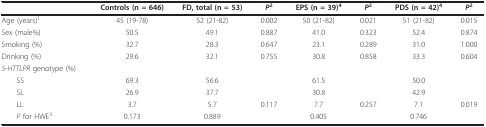
<table><thead><tr><td></td><td><b>Controls (n = 646)</b></td><td><b>FD, total (n = 53)</b></td><td><b><i>P</i><sup>2</sup></b></td><td><b>EPS (n = 39)<sup>4</sup></b></td><td><b><i>P</i><sup>2</sup></b></td><td><b>PDS (n = 42)<sup>4</sup></b></td><td><b><i>P</i><sup>2</sup></b></td></tr></thead><tbody><tr><td>Age (years)<sup>1</sup></td><td>45 (19-78)</td><td>52 (21-82)</td><td>0.002</td><td>50 (21-82)</td><td>0.021</td><td>51 (21-82)</td><td>0.015</td></tr><tr><td>Sex (male%)</td><td>50.5</td><td>49.1</td><td>0.887</td><td>41.0</td><td>0.323</td><td>52.4</td><td>0.874</td></tr><tr><td>Smoking (%)</td><td>32.7</td><td>28.3</td><td>0.647</td><td>23.1</td><td>0.289</td><td>31.0</td><td>1.000</td></tr><tr><td>Drinking (%)</td><td>29.6</td><td>32.1</td><td>0.755</td><td>30.8</td><td>0.858</td><td>33.3</td><td>0.604</td></tr><tr><td><i>5-HTTLPR </i>genotype (%)</td><td></td><td></td><td></td><td></td><td></td><td></td><td></td></tr><tr><td> SS</td><td>69.3</td><td>56.6</td><td></td><td>61.5</td><td></td><td>50.0</td><td></td></tr><tr><td> SL</td><td>26.9</td><td>37.7</td><td></td><td>30.8</td><td></td><td>42.9</td><td></td></tr><tr><td> LL</td><td>3.7</td><td>5.7</td><td>0.117</td><td>7.7</td><td>0.257</td><td>7.1</td><td>0.019</td></tr><tr><td> <i>P </i>for HWE<sup>3</sup></td><td>0.173</td><td>0.889</td><td></td><td>0.405</td><td></td><td>0.746</td><td></td></tr></tbody></table>